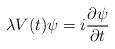
LaTeX: \begin{align*}\lambda V(t) \psi = i\frac{\partial\psi}{\partial t}\end{align*}